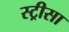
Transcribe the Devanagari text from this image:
स्ट्रीसा